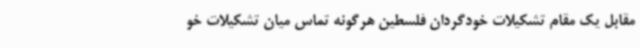
مقابل یک مقام تشکیلات خودگردان فلسطین هرگونه تماس میان تشکیلات خو